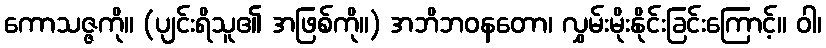
ကောသဇ္ဇကို။ (ပျင်းရိသူ၏ အဖြစ်ကို။) အဘိဘဝနတော၊ လွှမ်းမိုးနိုင်းခြင်းကြောင့်။ ဝါ၊